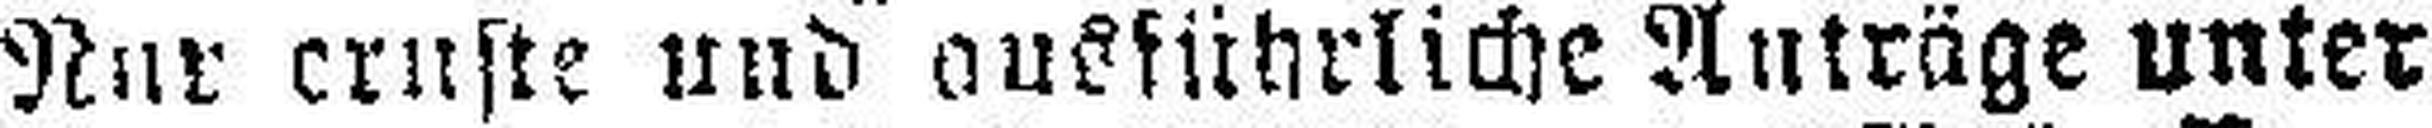
Nur ernste und ausführliche Anträge unter